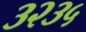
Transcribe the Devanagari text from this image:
३२३५